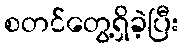
စတင်တွေ့ရှိခဲ့ပြီး